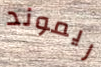
ريموند